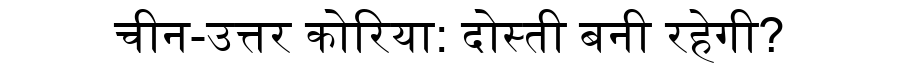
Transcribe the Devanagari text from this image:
चीन-उत्तर कोरिया: दोस्ती बनी रहेगी?